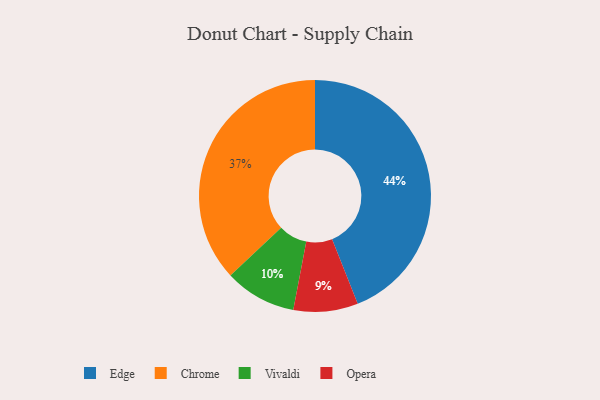
{"axis": {"x": "Category", "y": "Percentage"}, "legend": ["Chrome", "Edge", "Opera", "Vivaldi"], "data": [{"x": "Vivaldi", "y": 10, "type": "Vivaldi"}, {"x": "Edge", "y": 44, "type": "Edge"}, {"x": "Chrome", "y": 37, "type": "Chrome"}, {"x": "Opera", "y": 9, "type": "Opera"}]}